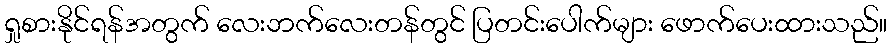
ရှုစားနိုင်ရန်အတွက် လေးဘက်လေးတန်တွင် ပြတင်းပေါက်များ ဖောက်ပေးထားသည်။